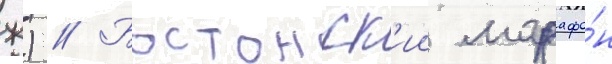
ж) // Бостонск'ии марафо́н